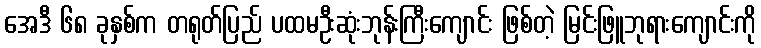
အေဒီ ၆၈ ခုနှစ်က တရုတ်ပြည် ပထမဦးဆုံးဘုန်းကြီးကျောင်း ဖြစ်တဲ့ မြင်းဖြူဘုရားကျောင်းကို